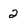
Character: 2